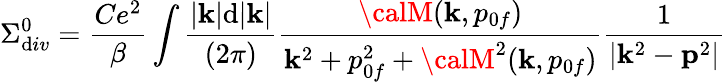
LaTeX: \Sigma_{\mathrm{d}iv}^{0}={\frac{{Ce^{2}}}{{\beta}}}\int{\frac{{|{\mathbf{k}}|\mathrm{d}|{\mathbf{k}}|}}{{(2\pi)}}}{\frac{{{\calM}({\mathbf{k}},p_{0f})}}{{{\mathbf{k}}^{2}+p_{0f}^{2}+{\calM}^{2}({\mathbf{k}},p_{0f})}}}{\frac{{1}}{{|{\mathbf{k}}^{2}-{\mathbf{p}}^{2}|}}}